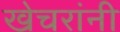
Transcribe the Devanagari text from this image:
खेचरांनी